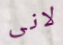
لانى